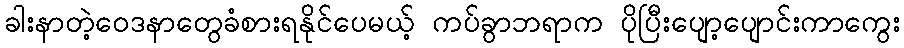
ခါးနာတဲ့ဝေဒနာတွေခံစားရနိုင်ပေမယ့် ကပ်ခွာဘရာက ပိုပြီးပျော့ပျောင်းကာကွေး